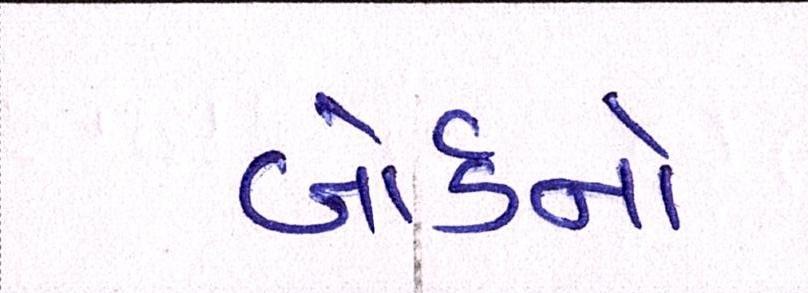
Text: બોર્ડનો